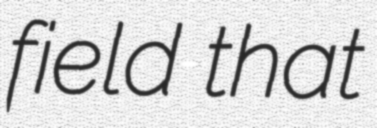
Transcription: field that